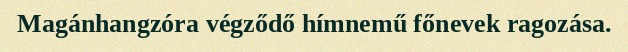
Magánhangzóra végződő hímnemű főnevek ragozása.